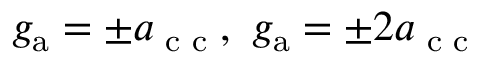
g _ { \mathrm { a } } = \pm a _ { \textnormal { c c } } , ~ g _ { \mathrm { a } } = \pm 2 a _ { \textnormal { c c } }